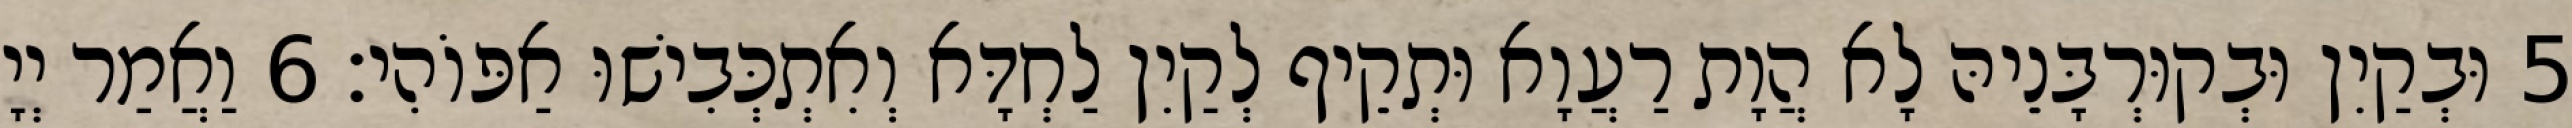
5 וּבְקַיִן וּבְקוּרְבָּנֵיהּ לָא הֲוָת רַעֲוָא וּתְקֵיף לְקַיִן לַחְדָּא וְאִתְכְּבִישׁוּ אַפּוֹהִי׃ 6 וַאֲמַר יְיָ